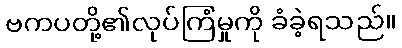
ဗကပတို့၏လုပ်ကြံမှုကို ခံခဲ့ရသည်။